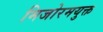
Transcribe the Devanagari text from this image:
मिजोरमयुक्त